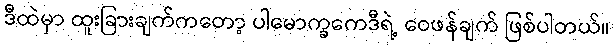
ဒီထဲမှာ ထူးခြားချက်ကတော့ ပါမောက္ခကေဒီရဲ့ ဝေဖန်ချက် ဖြစ်ပါတယ်။